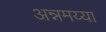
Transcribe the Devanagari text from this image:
अन्नमय्या